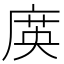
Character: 㢍